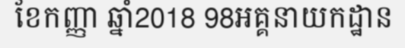
ខែកញ្ញា ឆ្នាំ2018 98អគ្គនាយកដ្ឋាន